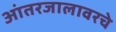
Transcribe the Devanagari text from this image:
आंतरजालावरचे